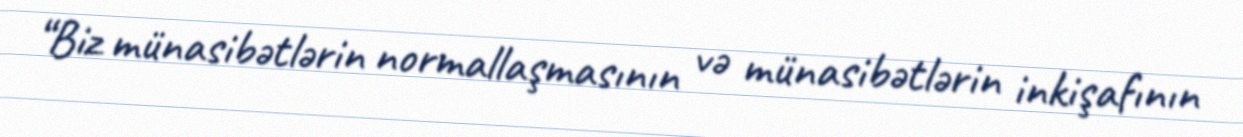
“Biz münasibətlərin normallaşmasının və münasibətlərin inkişafının